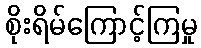
စိုးရိမ်ကြောင့်ကြမှု